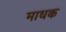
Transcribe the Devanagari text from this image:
माधक